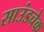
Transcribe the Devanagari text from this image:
साउंडचेक